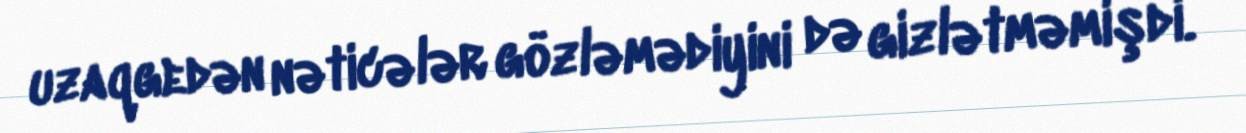
uzaqgedən nəticələr gözləmədiyini də gizlətməmişdi.